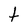
Character: t